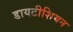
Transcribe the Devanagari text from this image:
डायटीशियन